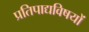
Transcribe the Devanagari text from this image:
प्रतिपाद्यविषयों